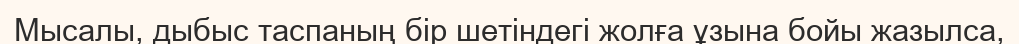
Мысалы, дыбыс таспаның бір шетіндегі жолға ұзына бойы жазылса,